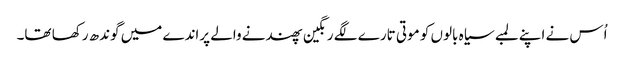
اُس نے اپنے لمبے سیاہ بالوں کو موتی تارے لگے رنگین پھندنے والے پراندے میں گوندھ رکھا تھا۔